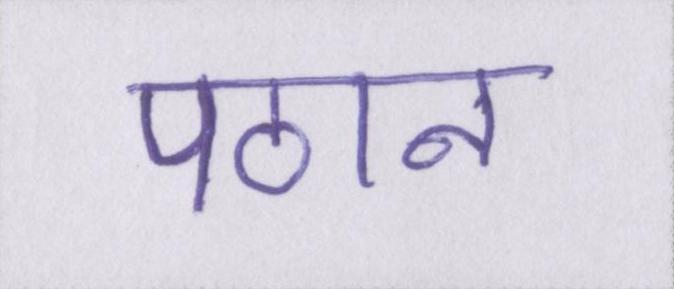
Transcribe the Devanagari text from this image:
पठान